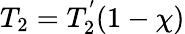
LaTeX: T_{2}=T_{2}^{'}(1-\chi)